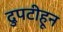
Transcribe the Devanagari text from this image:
दुपटीहून